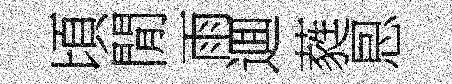
頃閒雨逥蕤㤙